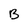
Character: B